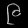
Digit: ၉